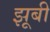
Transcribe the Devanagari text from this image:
झूबी